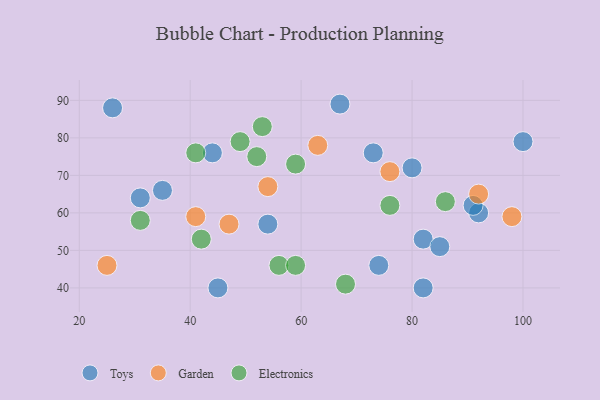
{"axis": {"x": "GDP", "y": "Life Expectancy"}, "legend": ["Electronics", "Garden", "Toys"], "data": [{"x": "44", "y": 76, "type": "Toys"}, {"x": "35", "y": 66, "type": "Toys"}, {"x": "67", "y": 89, "type": "Toys"}, {"x": "82", "y": 53, "type": "Toys"}, {"x": "45", "y": 40, "type": "Toys"}, {"x": "100", "y": 79, "type": "Toys"}, {"x": "26", "y": 88, "type": "Toys"}, {"x": "92", "y": 60, "type": "Toys"}, {"x": "91", "y": 62, "type": "Toys"}, {"x": "82", "y": 40, "type": "Toys"}, {"x": "54", "y": 57, "type": "Toys"}, {"x": "73", "y": 76, "type": "Toys"}, {"x": "31", "y": 64, "type": "Toys"}, {"x": "85", "y": 51, "type": "Toys"}, {"x": "80", "y": 72, "type": "Toys"}, {"x": "74", "y": 46, "type": "Toys"}, {"x": "41", "y": 59, "type": "Garden"}, {"x": "76", "y": 71, "type": "Garden"}, {"x": "63", "y": 78, "type": "Garden"}, {"x": "92", "y": 65, "type": "Garden"}, {"x": "54", "y": 67, "type": "Garden"}, {"x": "25", "y": 46, "type": "Garden"}, {"x": "47", "y": 57, "type": "Garden"}, {"x": "98", "y": 59, "type": "Garden"}, {"x": "52", "y": 75, "type": "Electronics"}, {"x": "68", "y": 41, "type": "Electronics"}, {"x": "86", "y": 63, "type": "Electronics"}, {"x": "56", "y": 46, "type": "Electronics"}, {"x": "49", "y": 79, "type": "Electronics"}, {"x": "31", "y": 58, "type": "Electronics"}, {"x": "59", "y": 46, "type": "Electronics"}, {"x": "53", "y": 83, "type": "Electronics"}, {"x": "59", "y": 73, "type": "Electronics"}, {"x": "76", "y": 62, "type": "Electronics"}, {"x": "42", "y": 53, "type": "Electronics"}, {"x": "41", "y": 76, "type": "Electronics"}]}